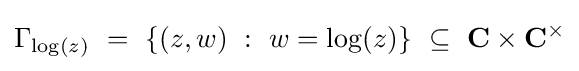
\Gamma _{\log(z)}\ =\ \{(z,w)\ :\ w=\log(z)\}\ \subseteq \ \mathbf {C} \times \mathbf {C} ^{\times }